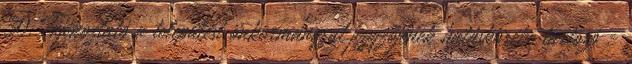
30. Tájékoztató a települési önkormányzat jegyzőjének hatáskörébe tartozó -